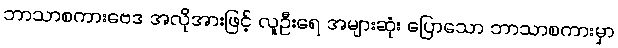
ဘာသာစကားဗေဒ အလိုအားဖြင့် လူဦးရေ အများဆုံး ပြောသော ဘာသာစကားမှာ